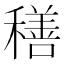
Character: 𮃬